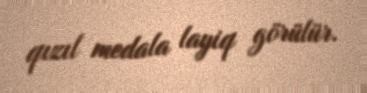
qızıl medala layiq görülür.